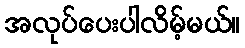
အလုပ်ပေးပါလိမ့်မယ်။